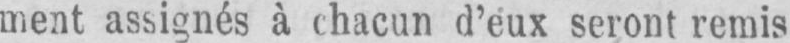
ment assignés à chacun d’éux seront remis